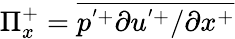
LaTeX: \Pi_{x}^{+}=\overline{{p^{'+}\partial u^{'+}/\partial x^{+}}}